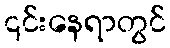
၎င်းနေရာတွင်